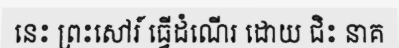
នេះ ព្រះសៅរ៍ ធ្វើដំណើរ ដោយ ជិះ នាគ